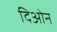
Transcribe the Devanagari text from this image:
दिओन